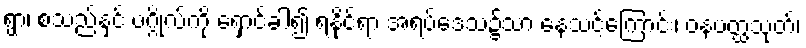
ရွာ၊ စသည်နှင် ပဂ္ဂိုလ်ကို ရှောင်ခါ၍ ရနိုင်ရာ အရပ်ဒေသ၌သာ နေသင့်ကြောင်း၊ ဝနပတ္ထသုတ်၊